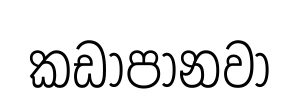
කඩාපානවා